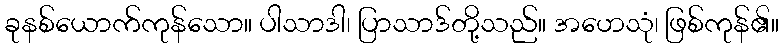
ခုနစ်ယောက်ကုန်သော။ ပါသာဒါ၊ ပြာသာဒ်တို့သည်။ အဟေသုံ၊ ဖြစ်ကုန်၏။